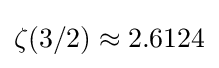
\zeta (3/2)\approx 2.6124